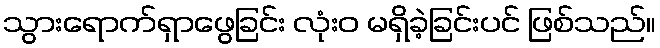
သွားရောက်ရှာဖွေခြင်း လုံးဝ မရှိခဲ့ခြင်းပင် ဖြစ်သည်။